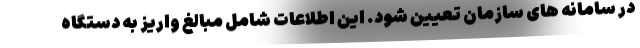
در سامانه های سازمان تعیین شود. این اطلاعات شامل مبالغ واریز به دستگاه